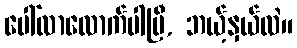
ပေါ်လာလောက်ပါပြီ, ဘယ့်နှယ်လဲ။